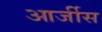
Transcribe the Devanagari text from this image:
आर्जीस